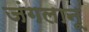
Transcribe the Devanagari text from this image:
जंगलानू